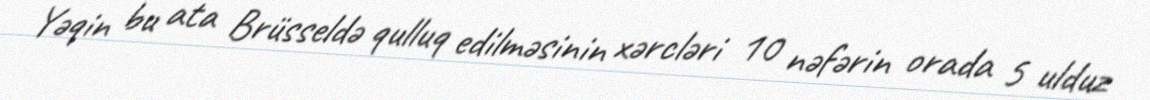
Yəqin bu ata Brüsseldə qulluq edilməsinin xərcləri 10 nəfərin orada 5 ulduz